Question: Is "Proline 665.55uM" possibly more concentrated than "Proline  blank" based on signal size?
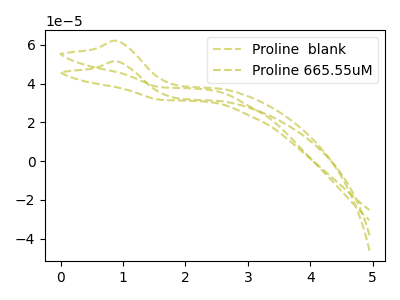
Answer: <think>The olive dashed curve "Proline  blank" has an anodic peak at: (0.90V, 62.10uA). The olive dashed curve "Proline 665.55uM" has an anodic peak at: (0.90V, 51.50uA).
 All the peaks in "Proline 665.55uM" have a peak in "Proline  blank" at the same potential. Every peak in "Proline 665.55uM" is lower than every peak in "Proline  blank".</think>
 <answer>"Proline 665.55uM" has less signal than "Proline  blank".</answer>
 <eval>less_signal</eval>